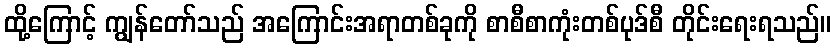
ထို့ကြောင့် ကျွန်တော်သည် အကြောင်းအရာတစ်ခုကို စာစီစာကုံးတစ်ပုဒ်စီ တိုင်းရေးရသည်။